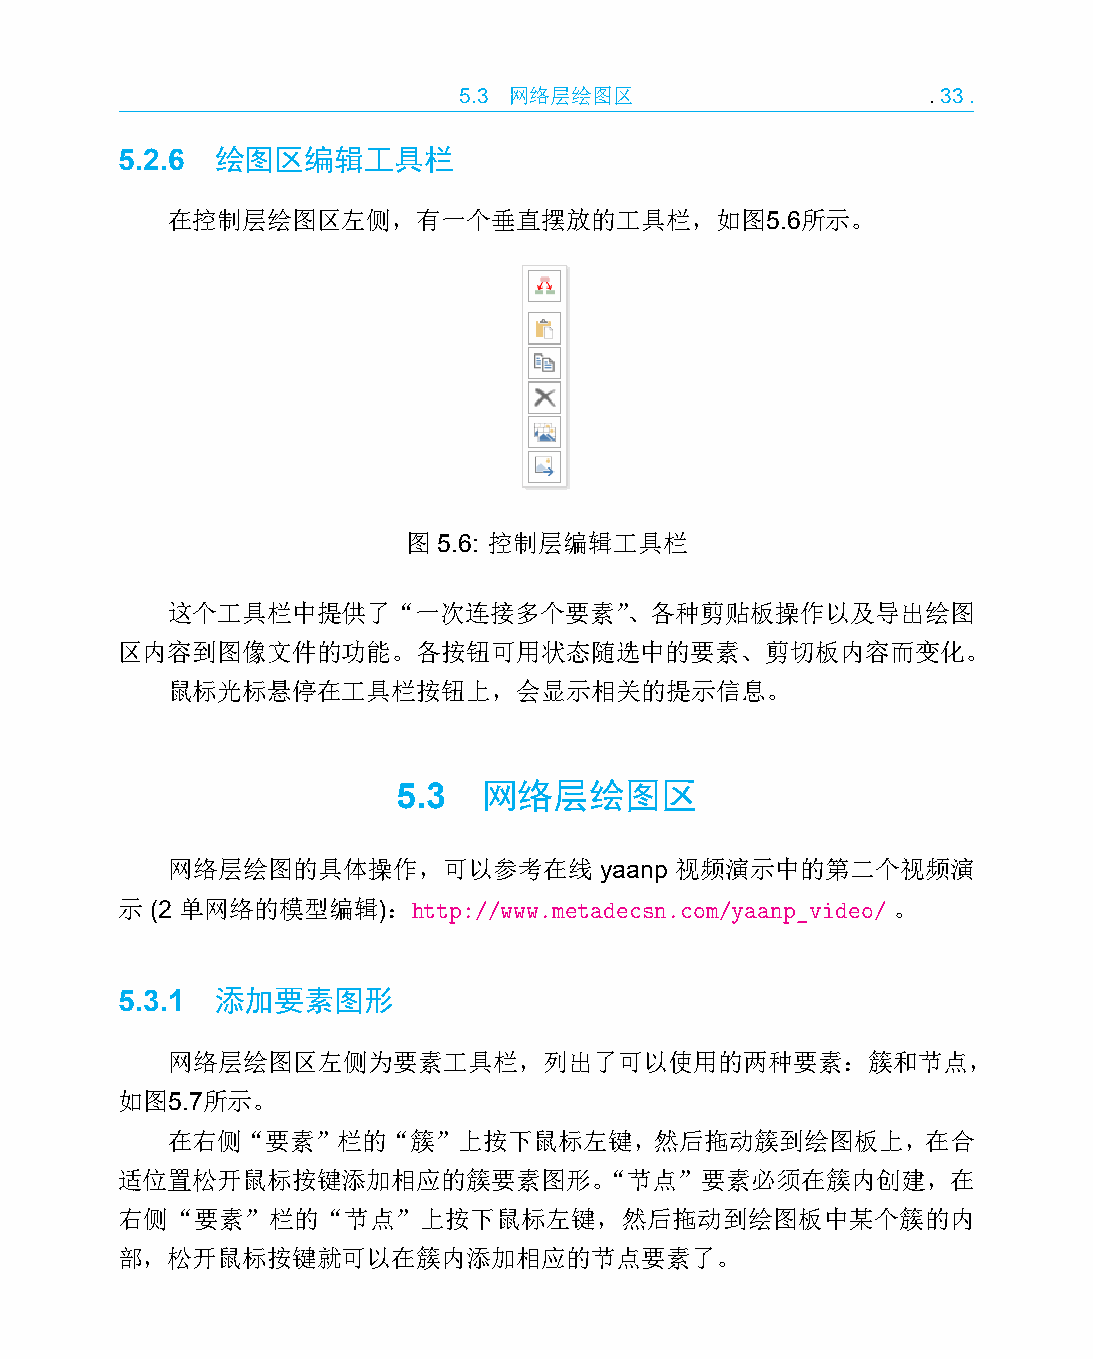
5.3 网络层绘图区                     .33.
 5.2.6 绘图区编辑工具栏
 在控制层绘图区左侧，有一个垂直摆放的工具栏，如图5.6所示。
 图 5.6: 控制层编辑工具栏
 这个工具栏中提供了“一次连接多个要素”、各种剪贴板操作以及导出绘图
 区内容到图像文件的功能。各按钮可用状态随选中的要素、剪切板内容而变化。
 鼠标光标悬停在工具栏按钮上，会显示相关的提示信息。
 5.3   网络层绘图区
 网络层绘图的具体操作，可以参考在线            yaanp 视频演示中的第二个视频演
 示 (2 单网络的模型编辑)：http://www.metadecsn.com/yaanp_video/ 。
 5.3.1 添加要素图形
 网络层绘图区左侧为要素工具栏，列出了可以使用的两种要素：簇和节点，
 如图5.7所示。
 在右侧“要素”栏的“簇”上按下鼠标左键，然后拖动簇到绘图板上，在合
 适位置松开鼠标按键添加相应的簇要素图形。“节点”要素必须在簇内创建，在
 右侧“要素”栏的“节点”上按下鼠标左键，然后拖动到绘图板中某个簇的内
 部，松开鼠标按键就可以在簇内添加相应的节点要素了。